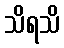
သိရသိ